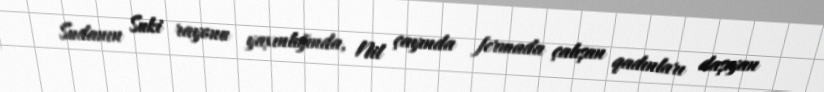
Sudanın Suki rayonu yaxınlığında, Nil çayında fermada çalışan qadınları daşıyan